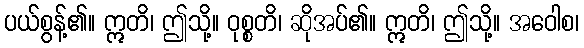
ပယ်စွန့်၏။ ဣတိ၊ ဤသို့။ ဝုစ္စတိ၊ ဆိုအပ်၏။ ဣတိ၊ ဤသို့။ အဝေါစ၊